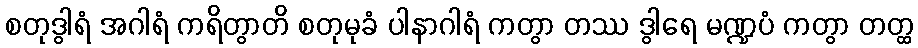
စတုဒွါရံ အဂါရံ ကရိတွာတိ စတုမုခံ ပါနာဂါရံ ကတွာ တဿ ဒွါရေ မဏ္ဍပံ ကတွာ တတ္ထ